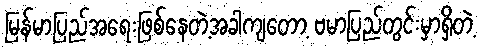
မြန်မာပြည်အရေးဖြစ်နေတဲ့အခါကျတော့ ဗမာပြည်တွင်းမှာရှိတဲ့